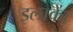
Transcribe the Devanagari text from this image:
इलाकाें